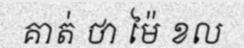
គាត់ ថា ម៉ៃ ខល